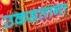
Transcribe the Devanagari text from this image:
उकडताना